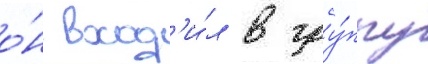
о́н вход'и́л в гру́ппу